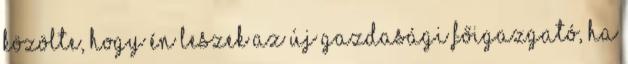
közölte, hogy én leszek az új gazdasági főigazgató, ha